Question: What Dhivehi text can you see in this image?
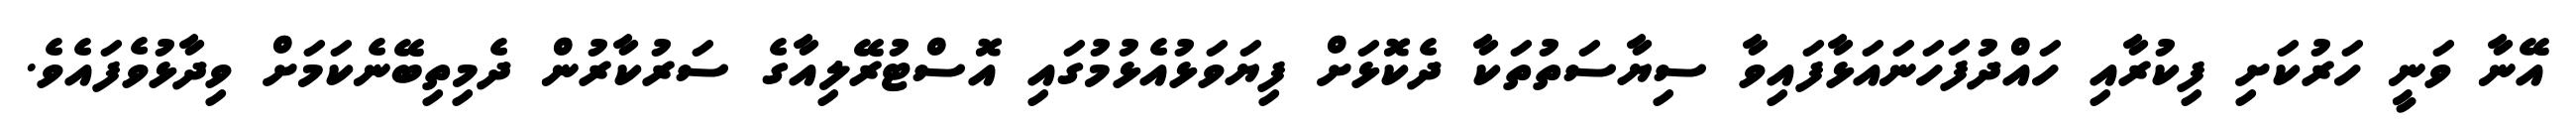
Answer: އޭނާ ވަނީ ހަރުކަށި ފިކުރާއި ހައްދުފަހަނައަޅާފައިވާ ސިޔާސަތުތަކާ ދެކޮޅަށް ފިޔަވަޅުއެޅުމުގައި އޮސްޓުރޭލިއާގެ ސަރުކާރުން ދެމިތިބޭނެކަމަށް ވިދާޅުވެފައެވެ.